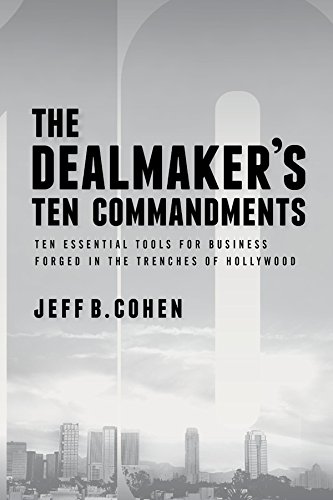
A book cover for The Dealmaker's Ten Commandments: Ten Essential Tools for Business Forged in the Trenches of Hollywood; Jeff B. Cohen; Business & Money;